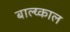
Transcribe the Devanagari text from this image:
बाल्य्काल